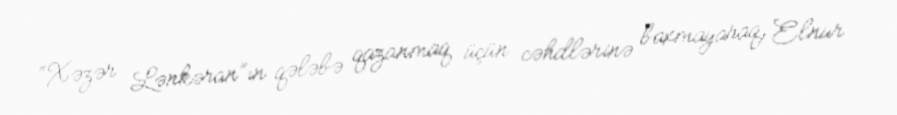
“Xəzər Lənkəran”ın qələbə qazanmaq üçün cəhdlərinə baxmayaraq, Elnur